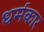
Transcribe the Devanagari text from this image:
धर्मकार